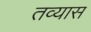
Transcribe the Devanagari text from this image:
तव्यास